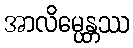
အာလိမ္ပေန္တဿ